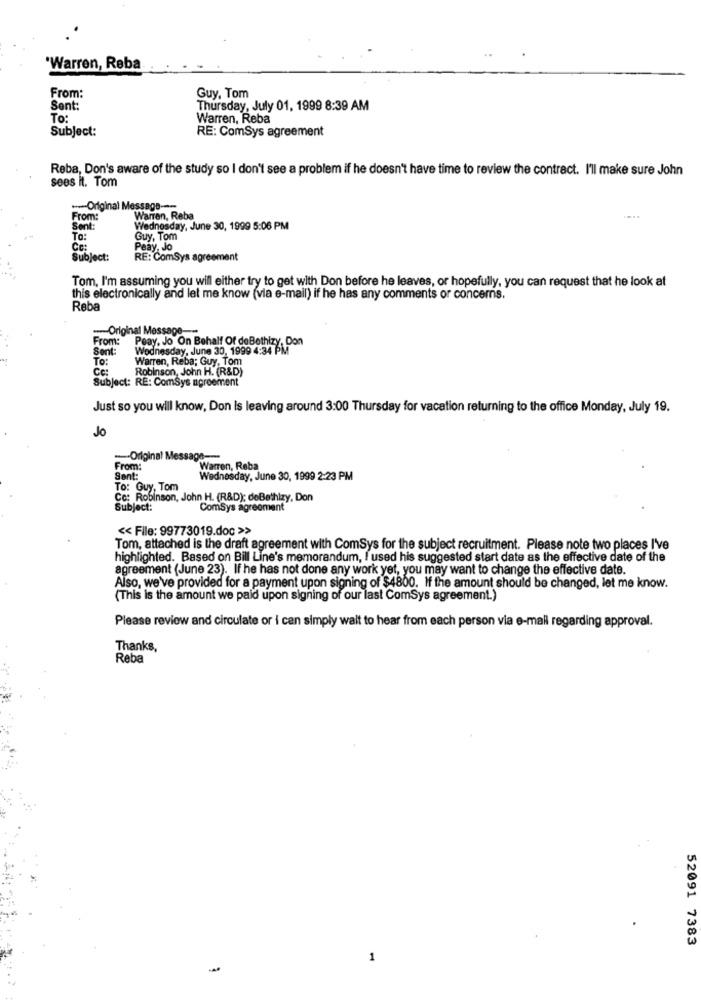
'Warren, Reba
From:
Guy, Tom
Sent:
Thursday, July 01, 1999 8:39 AM
To:
Warren, Reba
Subject:
RE: ComSys agreement
Reba, Don's aware of the study so I don't see a problem if he doesn't have time to review the contract. I'll make sure John
sees it. Tom
-Original Message ---
From:
Warren, Reba
Sent:
Wednesday, June 30, 1999 5:06 PM
To:
Guy, Tom
Cc:
Peay, Jo
Subject:
RE: ComSys agreement
Tom, I'm assuming you will either try to get with Don before he leaves, or hopefully, you can request that he look at
this electronically and let me know (via e-mail) if he has any comments or concerns.
Reba
-Original Message-
From:
Sent:
Peay, Jo On Behalf Of deBothizy.
Wednesday, June 30, 1999 4:34 1 Do
To:
Warren, Reba; Guy, Tom
Cc:
Robinson, John H. (R&D)
Subject: RE: ComSys agreement
Just so you will know, Don is leaving around 3:00 Thursday for vacation returning to the office Monday, July 19.
Jo
-Original Message ----
From:
Warren, Reba
Sent:
Wednesday, June 30, 1999 2:23 PM
To: Guy, Tom
Co: Robinson, John H. (R&D): deBethizy, Don
Subject:
ComSys agreement
<< File: 99773019.doc >>
Tom, attached is the draft agreement with ComSys for the subject recruitment. Please note two places I've
highlighted. Based on Bill Line's memorandum, I used his suggested start date as the effective date of the
agreement (June 23). If he has not done any work yet, you may want to change the effective date.
Also, we've provided for a payment upon signing of $4800. If the amount should be changed, let me know.
(This is the amount we paid upon signing of our last ComSys agreement.)
Please review and circulate or i can simply wait to hear from each person via e-mail regarding approval.
Thanks,
Reba
52091 7383
1